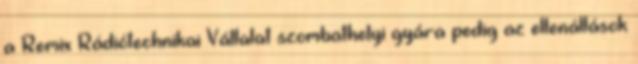
a Remix Rádiótechnikai Vállalat szombathelyi gyára pedig az ellenállások